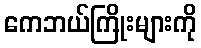
ကေဘယ်ကြိုးများကို